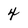
Character: 4